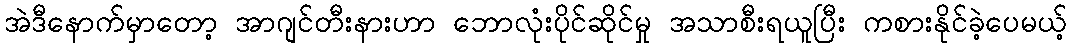
အဲဒီနောက်မှာတော့ အာဂျင်တီးနားဟာ ဘောလုံးပိုင်ဆိုင်မှု အသာစီးရယူပြီး ကစားနိုင်ခဲ့ပေမယ့်